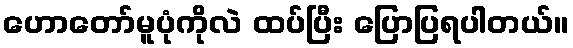
ဟောတော်မူပုံကိုလဲ ထပ်ပြီး ပြောပြရပါတယ်။